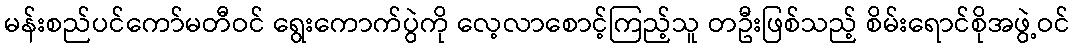
မန်းစည်ပင်ကော်မတီဝင် ရွေးကောက်ပွဲကို လေ့လာစောင့်ကြည့်သူ တဦးဖြစ်သည့် စိမ်းရောင်စိုအဖွဲ့ဝင်